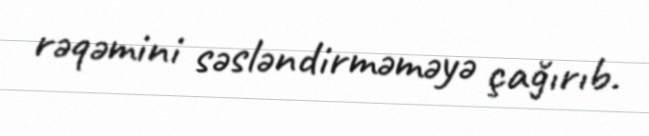
rəqəmini səsləndirməməyə çağırıb.